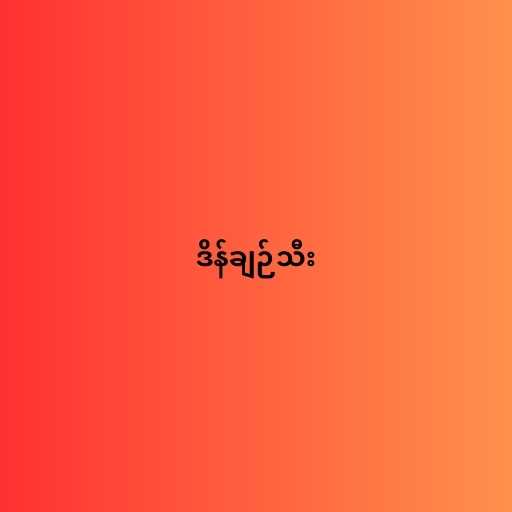
ဒိန်ချဉ်သီး